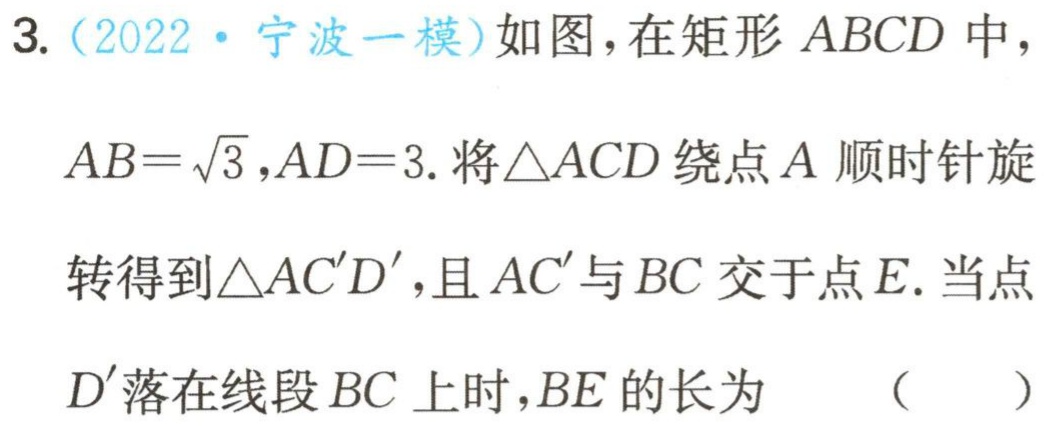
3.（2022·宁波一模）如图，在矩形 \(ABCD\) 中，

\(AB = \sqrt{3},AD = 3\). 将\(\triangle ACD\)绕点 \(A\) 顺时针旋

转得到\(\triangle AC'D'\)，且 \(AC'\)与 \(BC\) 交于点 \(E\). 当点

\(D'\)落在线段 \(BC\) 上时，\(BE\) 的长为 （  ）